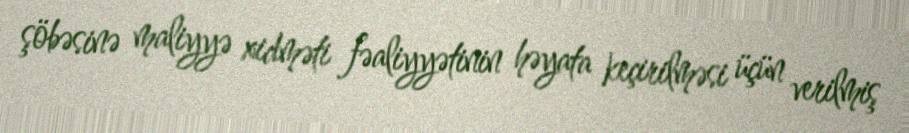
şöbəsinə maliyyə xidməti fəaliyyətinin həyata keçirilməsi üçün verilmiş